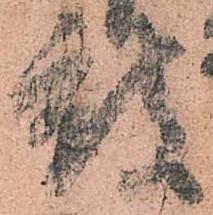
被